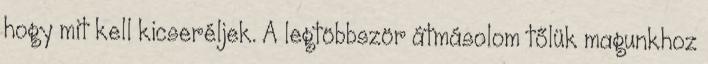
hogy mit kell kicseréljek. A legtöbbször átmásolom tőlük magunkhoz